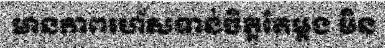
មានភាពរហ័សទាន់ចិត្តតែម្តង មិន